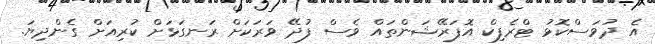
އެ ދުވަސްކޮޅު ޓްރެފިކް އޮޕަރޭޝަންތައް ވެސް ފުދޭ ވަރަކަށް ރަނގަޅަށް ކުރިއަށް ގެންދިޔަ.